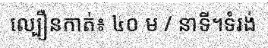
ល្បឿនកាត់៖ ៤០ ម / នាទី។ទំរង់